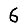
Digit: 6